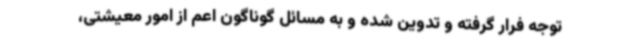
توجه فرار گرفته و تدوین شده و به مسائل گوناگون اعم از امور معیشتی،